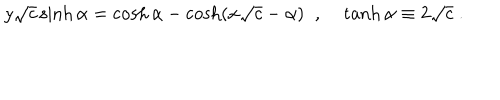
LaTeX: y \sqrt { c } \sinh \alpha = \cosh \alpha - \cosh ( x \sqrt { c } - \alpha ) \; \; , \; \tanh \alpha \equiv 2 \sqrt { c } \; .